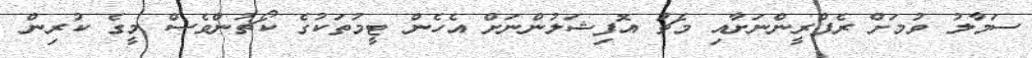
ސަމާލު ވުމަށް ރެފްރީންނަށާއި މެޗު އޮފިޝަލުންނަށް އެހެން ޓީމުތަކުގެ ކޯޗުންވެސް މީގެ ކުރިން